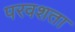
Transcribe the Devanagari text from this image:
परवशता